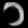
Digit: ၁